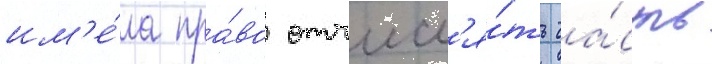
им'е́ла пра́во отчисл'я́ть ча́сть